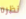
نظره